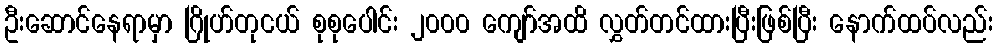
ဦးဆောင်နေရာမှာ ဂြိုဟ်တုငယ် စုစုပေါင်း ၂၀၀၀ ကျော်အထိ လွှတ်တင်ထားပြီးဖြစ်ပြီး နောက်ထပ်လည်း